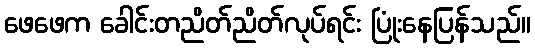
ဖေဖေက ခေါင်းတညိတ်ညိတ်လုပ်ရင်း ပြုံးနေပြန်သည်။